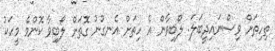
ތިހިތަށް ވިސްނައިދީބަލަ. ލޯބިވާން އެ ހިތަށް އެނގުނު ގޮތަށް ލޯބިވާ ކޮންމެ މީހަކު